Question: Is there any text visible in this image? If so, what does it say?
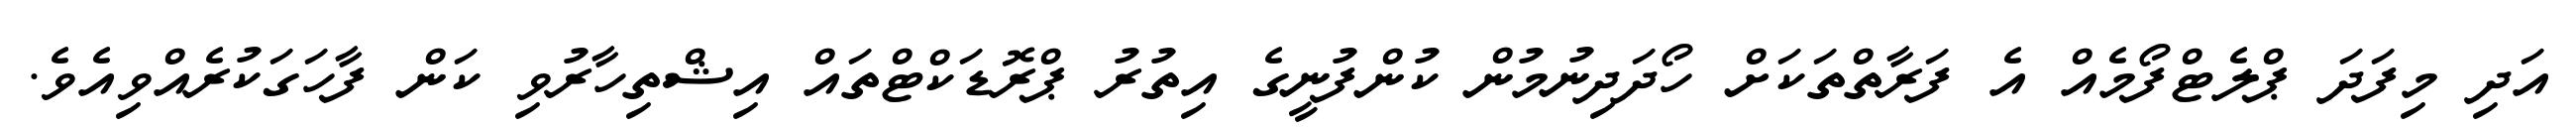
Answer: އަދި މިފަދަ ޕްލެޓްފޯމެއް އެ ފަރާތްތަކަށް ހޯދަދިނުމުން ކުންފުނީގެ އިތުރު ޕްރޮޑަކްޓްތައް އިޝްތިހާރުވި ކަން ފާހަގަކުރެއްވިއެވެ.